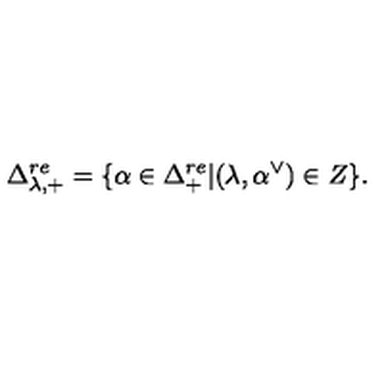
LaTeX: \Delta _ { \lambda , + } ^ { r e } = \{ \alpha \in \Delta _ { + } ^ { r e } | ( \lambda , \alpha ^ { \vee } ) \in Z \} .